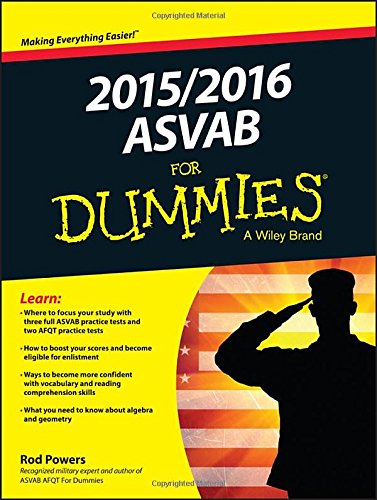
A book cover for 2015 / 2016 ASVAB For Dummies; Rod Powers; Test Preparation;